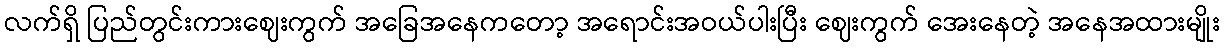
လက်ရှိ ပြည်တွင်းကားဈေးကွက် အခြေအနေကတော့ အရောင်းအဝယ်ပါးပြီး ဈေးကွက် အေးနေတဲ့ အနေအထားမျိုး